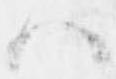
ハ